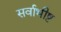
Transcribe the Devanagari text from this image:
सर्वाभीष्ट